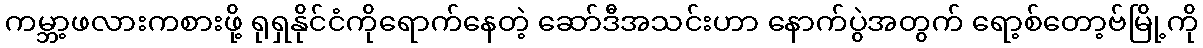
ကမ္ဘာ့ဖလားကစားဖို့ ရုရှနိုင်ငံကိုရောက်နေတဲ့ ဆော်ဒီအသင်းဟာ နောက်ပွဲအတွက် ရော့စ်တော့ဗ်မြို့ကို